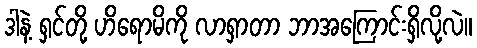
ဒါနဲ့ ရှင်တို့ ဟိရောမိကို လာရှာတာ ဘာအကြောင်းရှိလို့လဲ။